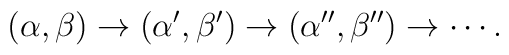
(\alpha,\beta)\to (\alpha',\beta')\to (\alpha'',\beta'')\to \cdots .